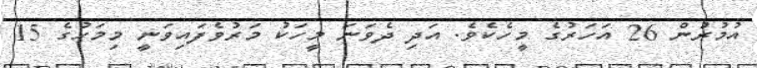
އުމުރުން 26 އަހަރުގެ މީހެކެވެ. އަދި ދެވަނަ މީހަކު މަރުވެފައިވަނީ މިމަހުގެ 15